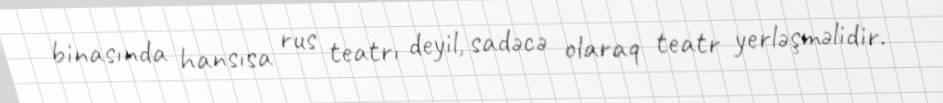
binasında hansısa rus teatrı deyil, sadəcə olaraq teatr yerləşməlidir.